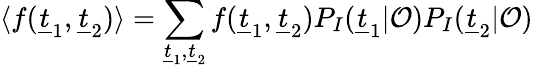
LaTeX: \langle f(\underline{{t}}_{1},\underline{{t}}_{2})\rangle=\sum_{\underline{{t}}_{1},\underline{{t}}_{2}}f(\underline{{t}}_{1},\underline{{t}}_{2})P_{I}(\underline{{t}}_{1}|\mathcal{O})P_{I}(\underline{{t}}_{2}|\mathcal{O})